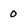
Character: 0